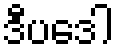
ဒီပဒေါ